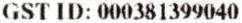
GST ID: 000381399040